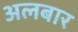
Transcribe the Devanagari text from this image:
अलबार